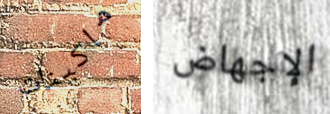
ماكينات الإجهاض